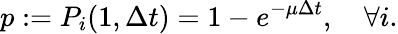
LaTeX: p:=P_{i}(1,\Delta t)=1-e^{-\mu\Delta t},\quad\forall i.